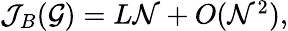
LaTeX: \begin{array}{r}{\mathcal{J}_{B}(\mathcal{G})=L\mathcal{N}+O(\mathcal{N}^{2}),}\end{array}